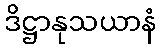
ဒိဋ္ဌာနုသယာနံ